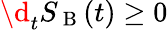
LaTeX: \d_{t}S_{\mathrm{~B~}}(t)\geq 0